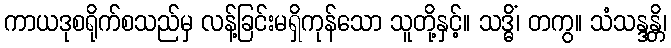
ကာယဒုစရိုက်စသည်မှ လန့်ခြင်းမရှိကုန်သော သူတို့နှင့်။ သဒ္ဓိံ၊ တကွ။ သံသန္ဒန္တိ၊